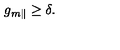
g _ { m \parallel } \geq \delta .